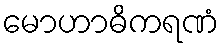
မောဟာဓိကရဏံ